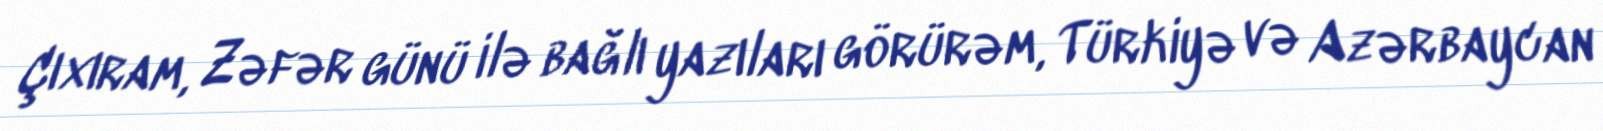
Çıxıram, Zəfər günü ilə bağlı yazıları görürəm, Türkiyə və Azərbaycan